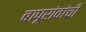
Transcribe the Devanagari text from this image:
बापूरांवांची